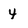
Character: 4